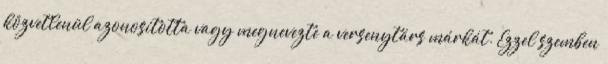
közvetlenül azonosította vagy megnevezte a versenytárs márkát. Ezzel szemben